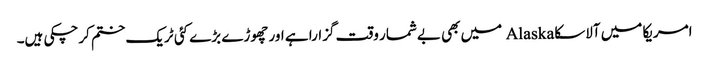
امریکا میں آلاسکا Alaska میں بھی بےشمار وقت گزارا ہے اور چھوڑے بڑے کئی ٹریک ختم کرچکی ہیں۔